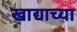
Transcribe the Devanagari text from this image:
खाद्याच्या